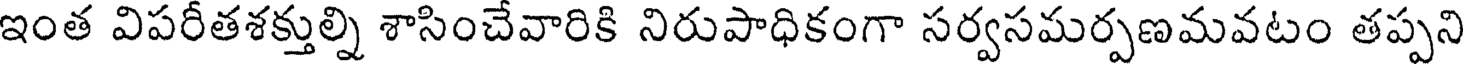
ఇంత విపరీతశక్తుల్ని శాసించేవారికి నిరుపాధికంగా సర్వసమర్పణమవటం తప్పని